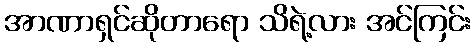
အာဏာရှင်ဆိုတာရော သိရဲ့လား အင်ကြင်း